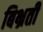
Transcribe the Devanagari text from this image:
बिभ्रती